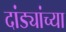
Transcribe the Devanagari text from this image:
दांड्यांच्या